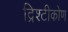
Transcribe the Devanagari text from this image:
द्रिश्टीकोण